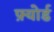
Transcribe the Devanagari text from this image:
फ़्योर्ड